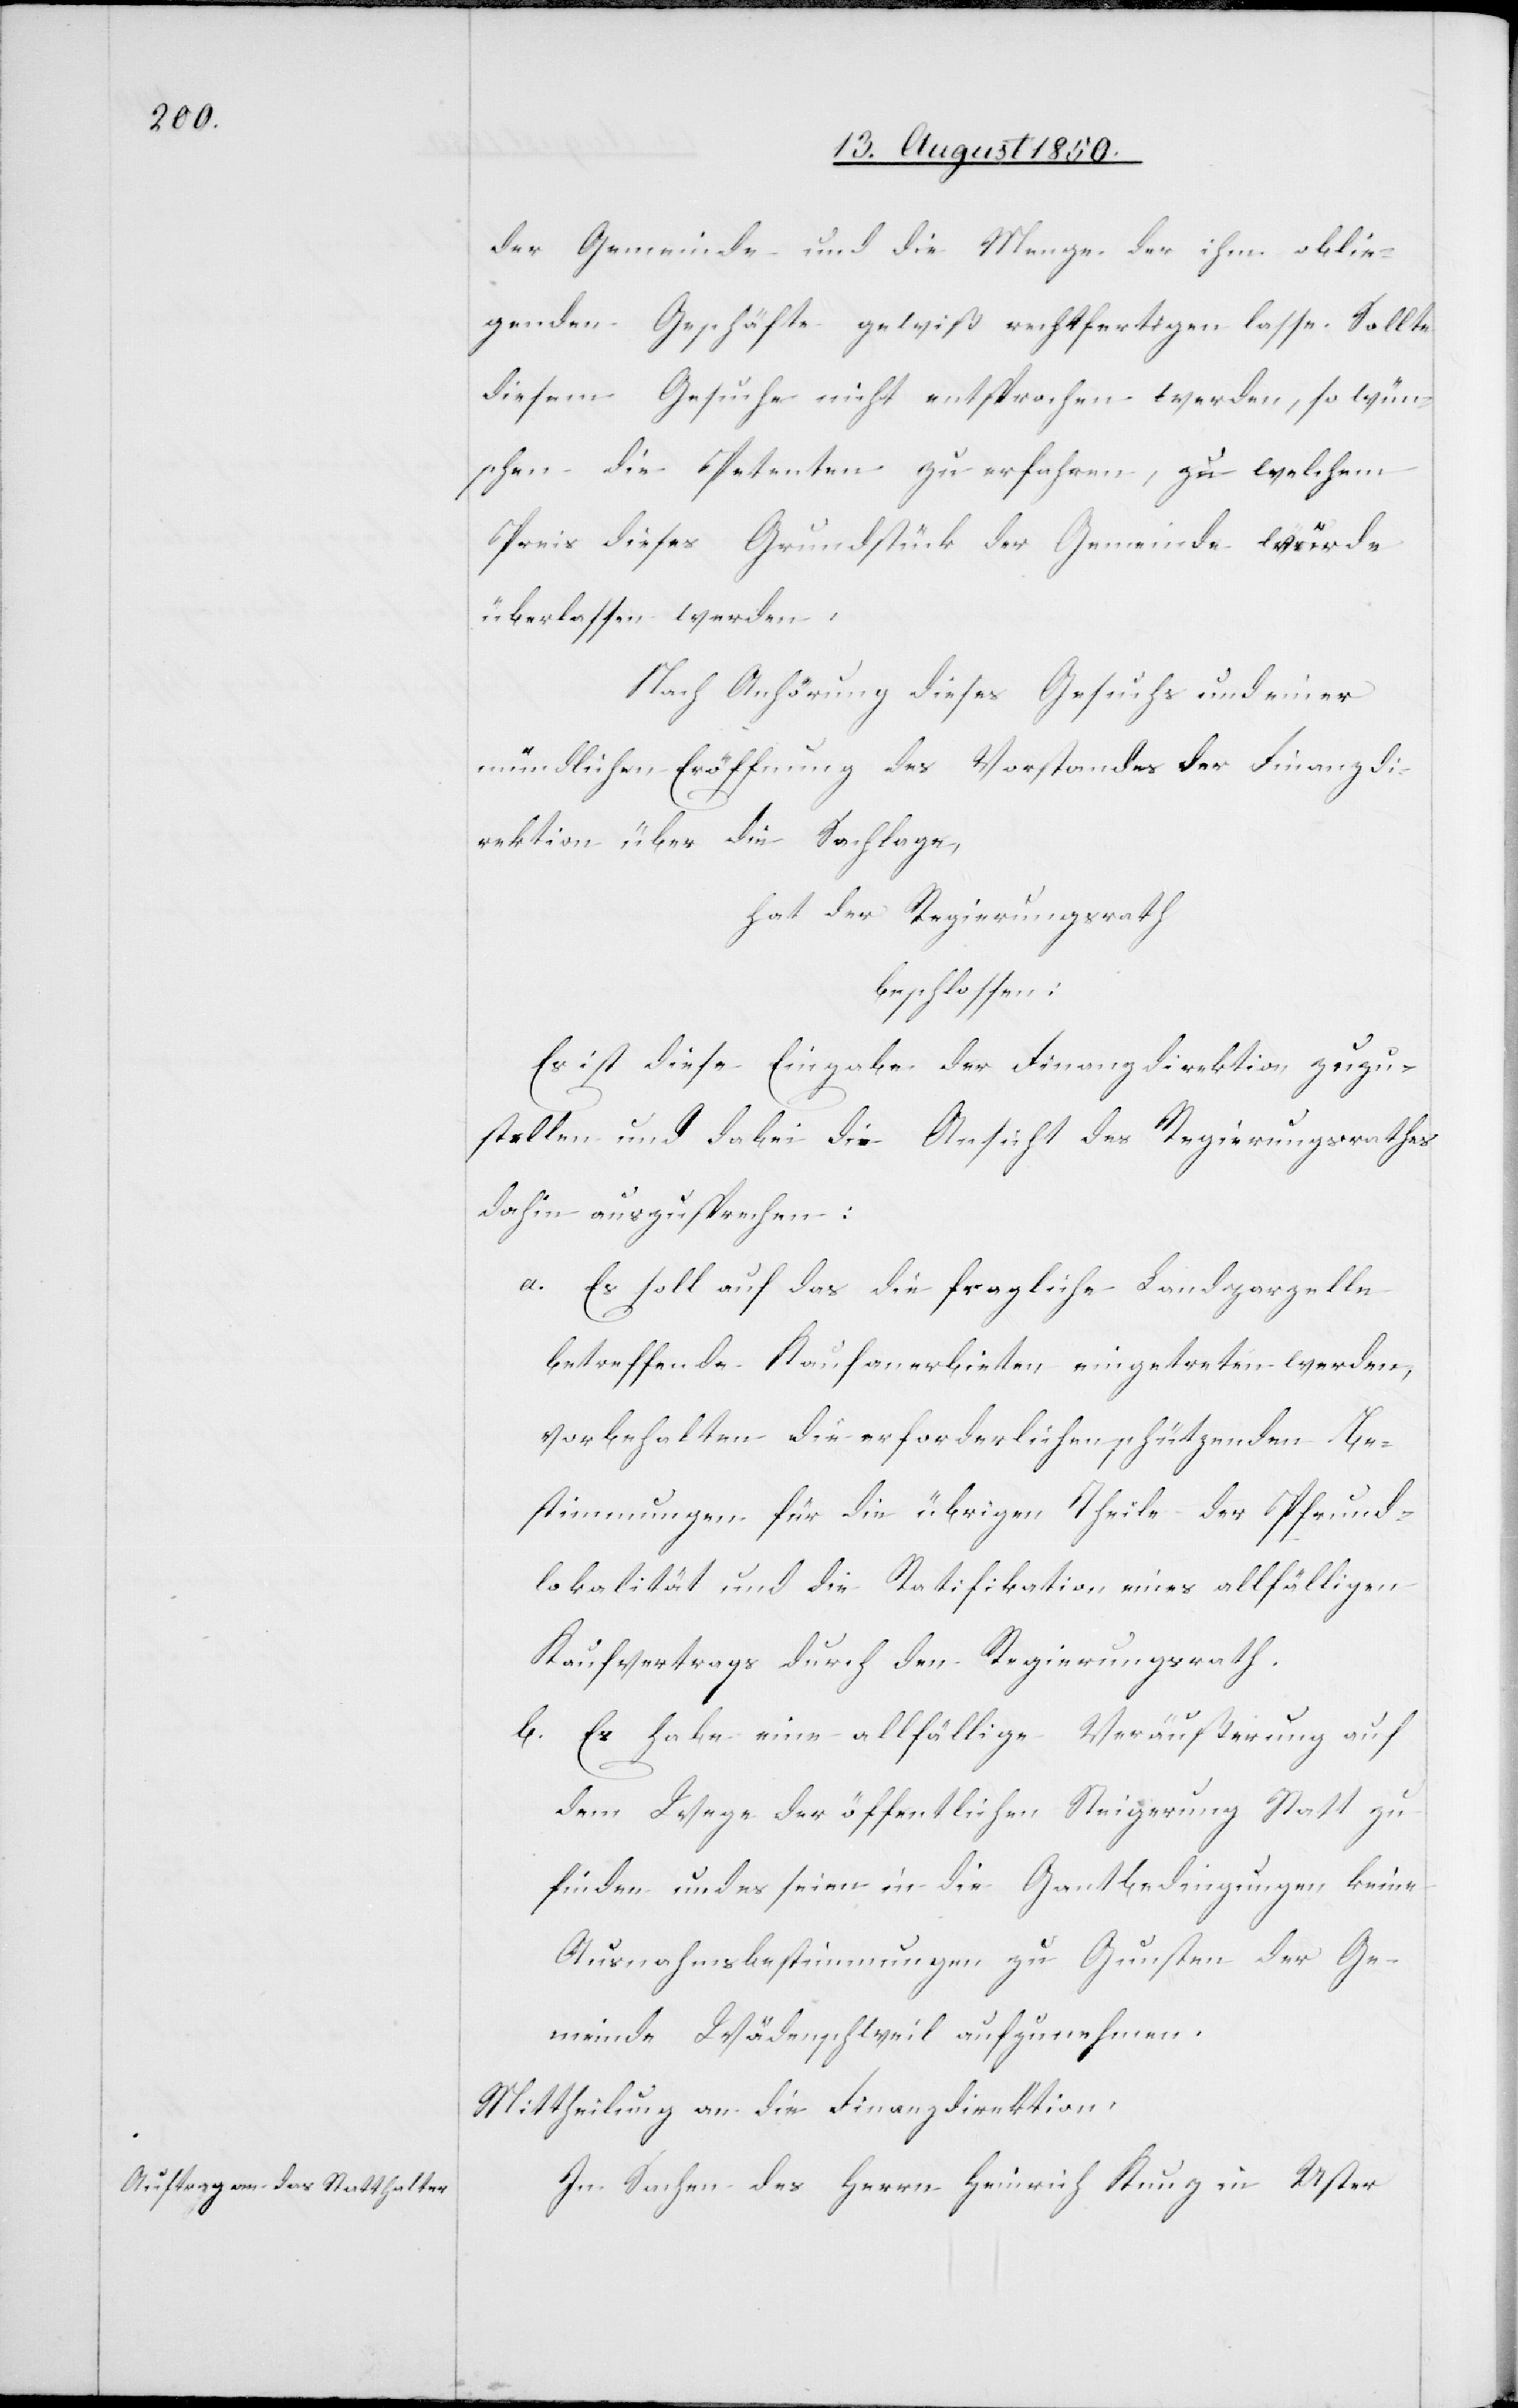
der Gemeinde und die Menge der ihm oblie¬
genden Geschäfte gewiß rechtfertigen lasse. Sollte
diesem Gesuche nicht entsprochen werden, so wün¬
schen die Petenten zu erfahren, zu welchem
Preis dieses Grundstück der Gemeinde würde
überlassen werden.
Nach Anhörung dieses Gesuchs und einer
mündlichen Eröffnung des Vorstandes der Finanzdi¬
rektion über die Sachlage,
hat der Regierungsrath
beschlossen:
Es ist diese Eingabe der Finanzdirektion zuzu¬
stellen und dabei die Ansicht des Regierungsrathes
dahin auszusprechen:
a. Es soll auf das die fragliche Landparzelle
betreffende Kaufanerbieten eingetreten werden,
vorbehalten die erforderlichen schützenden Be¬
stimmungen für die übrigen Theile der Pfrund¬
lokalität und die Ratifikation eines allfälligen
Kaufvertrags durch den Regierungsrath.
b. Es habe eine allfällige Veräußerung auf
dem Wege der öffentlichen Steigerung Statt zu
finden und es seien in die Gantbedingungen keine
Ausnahmsbestimmungen zu Gunsten der Ge¬
meinde Wädenschweil aufzunehmen.
Mittheilung an die Finanzdirektion.
In Sachen des Herrn Heinrich Kunz in Uster